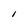
Character: l